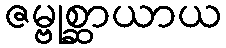
ဇမ္ဗုစ္ဆာယာယ